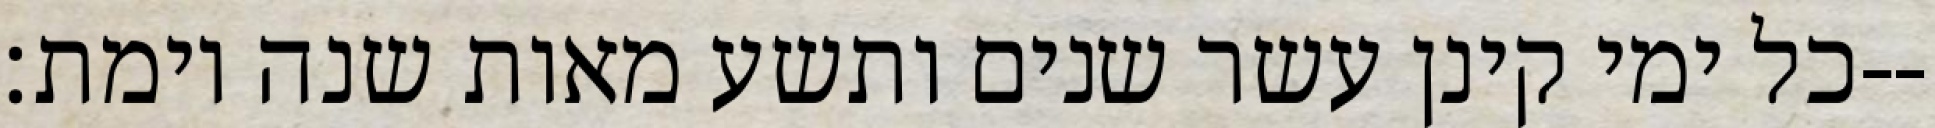
כל ימי קינן עשר שנים ותשע מאות שנה וימת׃--